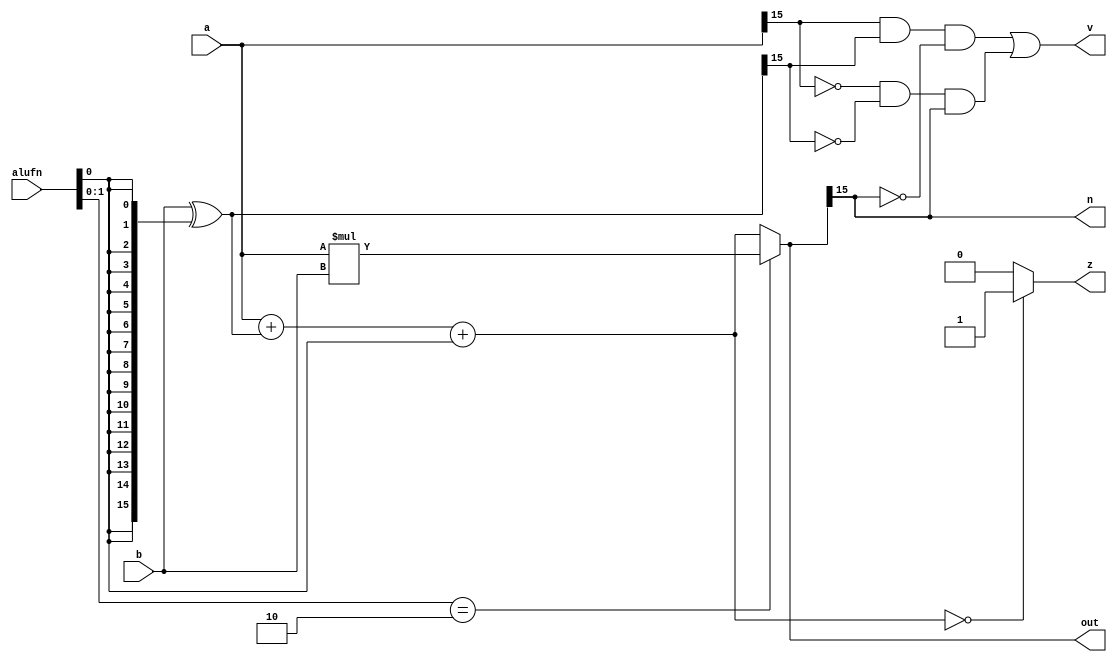
/*
   This file was generated automatically by Alchitry Labs version 1.1.6.
   Do not edit this file directly. Instead edit the original Lucid source.
   This is a temporary file and any changes made to it will be destroyed.
*/

module adder16_5 (
    input [15:0] a,
    input [15:0] b,
    input [5:0] alufn,
    output reg [15:0] out,
    output reg z,
    output reg v,
    output reg n
  );
  
  
  
  reg [15:0] s;
  
  reg [15:0] xb;
  
  always @* begin
    s = 1'h0;
    z = 1'h0;
    xb = b ^ {5'h10{alufn[0+0-:1]}};
    s = a + xb + alufn[0+0-:1];
    if (s == 1'h0) begin
      z = 1'h1;
    end
    if (alufn[0+1-:2] == 2'h2) begin
      s = a * b;
    end
    out = s;
    v = (a[15+0-:1] && xb[15+0-:1] && !s[15+0-:1]) || (!a[15+0-:1] && !xb[15+0-:1] && s[15+0-:1]);
    n = s[15+0-:1];
  end
endmodule